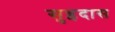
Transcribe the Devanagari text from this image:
सुइदास